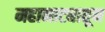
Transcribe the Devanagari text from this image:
महानाट्यातून